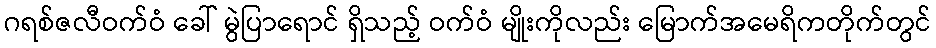
ဂရစ်ဇလီဝက်ဝံ ခေါ် မွဲပြာရောင် ရှိသည့် ဝက်ဝံ မျိုးကိုလည်း မြောက်အမေရိကတိုက်တွင်